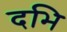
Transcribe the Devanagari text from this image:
दभि